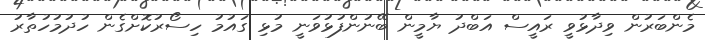
މެންބަރުން ވިދާޅުވީ ރައީސް އަބްދު ޔާމީން ބޭނުންފުޅުވަނީ މުޅި ގައުމު ހިސޯރުކޮށްގެން ހުދުމުހުތާރު